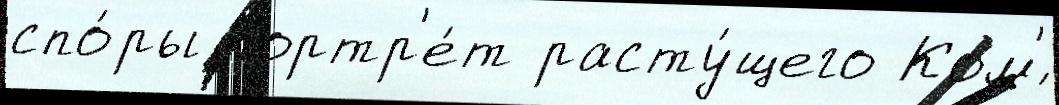
спо́ры портр'е́т расту́щего Ком'́